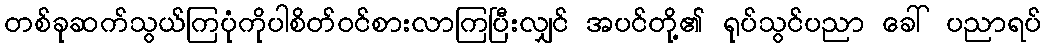
တစ်ခုဆက်သွယ်ကြပုံကိုပါစိတ်ဝင်စားလာကြပြီးလျှင် အပင်တို့၏ ရုပ်သွင်ပညာ ခေါ် ပညာရပ်